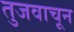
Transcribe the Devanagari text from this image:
तुजवाचून